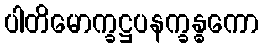
ပါတိမောက္ခဋ္ဌပနက္ခန္ဓကော